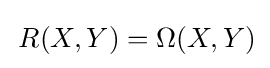
\,R(X,Y)=\Omega (X,Y)